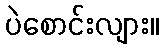
ပဲစောင်းလျား။